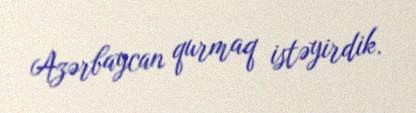
Azərbaycan qurmaq istəyirdik.